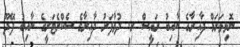
ނޮޅިވަރަމް ދާއިރާގެ ނާއިބު ރައީސް ރ. ދުވާފަރު ދާއިރާގެ ސެކްރެޓަރީގެ ނާއިބު ފޭދޫ